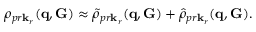
\rho _ { p r \mathbf k _ { r } } ( \mathbf q , \mathbf G ) \approx \tilde { \rho } _ { p r \mathbf k _ { r } } ( \mathbf q , \mathbf G ) + \hat { \rho } _ { p r \mathbf k _ { r } } ( \mathbf q , \mathbf G ) .